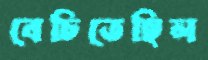
বেচিতেছিল